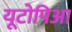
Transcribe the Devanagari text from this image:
यूटोपिआ